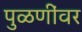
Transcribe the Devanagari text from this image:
पुळणींवर